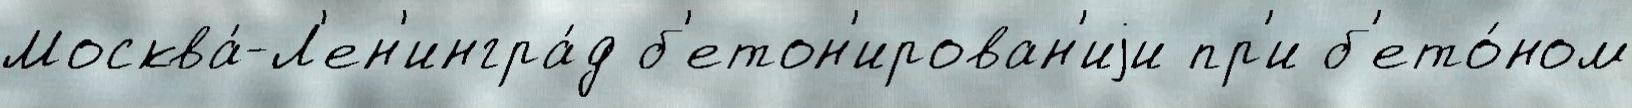
Москва́-Л'ен'ингра́д б'етон'ирован'иjи пр'и б'ето́ном